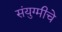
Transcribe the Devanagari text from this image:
संयुग्मीचे